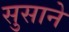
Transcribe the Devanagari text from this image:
सुसाने